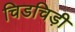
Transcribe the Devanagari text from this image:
चिडचिड़ी